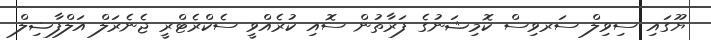
ޔޫގައި ސިވިލް ސަރވިސް ކޮމިޝަނުގެ ފަރާތުން ސޮއި ކުރެއްވީ ސެކްރެޓްރީ ޖެނެރަލް އަލްފާޟިލް